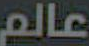
عالم